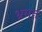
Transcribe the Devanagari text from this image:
भ्रमत